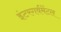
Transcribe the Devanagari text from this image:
इंटरगर्वमेंटल